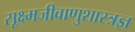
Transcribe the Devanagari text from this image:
सूक्ष्मजीवाणुशास्त्रज्ञ